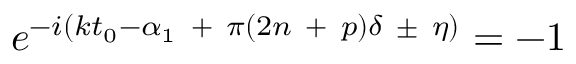
e ^ { - i ( k t _ { 0 } - \alpha _ { 1 } \ + \ \pi ( 2 n \ + \ p ) \delta \ \pm \ \eta ) } = - 1